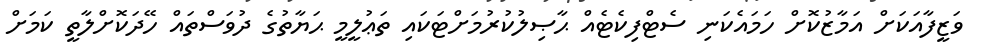
ވަޒީފާއަކަށް އަމާޒުކޮށް ހަމައެކަނި ސެޓްފިކެޓެއް ޙާޞިލުކުރުމަށްޓަކައި ތަޢުލީމީ ޙަޔާތުގެ ދުވަސްތައް ހޭދަކޮށްލާތީ ކަމަށް